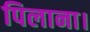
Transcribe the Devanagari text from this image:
पिलाना।